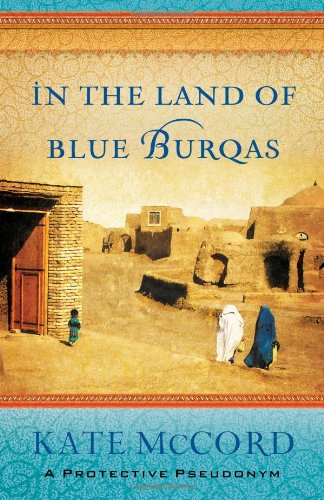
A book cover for In the Land of Blue Burqas; Kate McCord; Christian Books & Bibles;